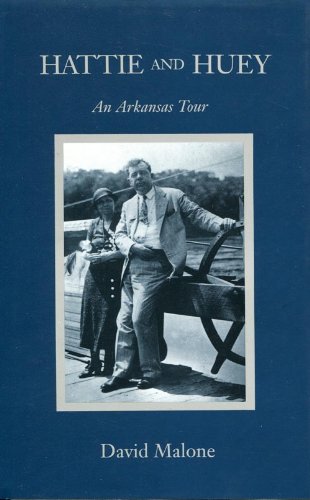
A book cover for Hattie and Huey : An Arkansas Tour; David Malone; Travel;